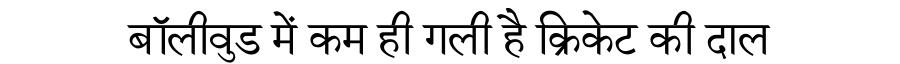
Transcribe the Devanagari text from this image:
बॉलीवुड में कम ही गली है क्रिकेट की दाल